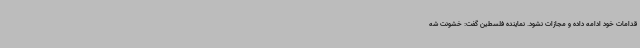
قدامات خود ادامه داده و مجازات نشود. نماینده فلسطین گفت: خشونت شه